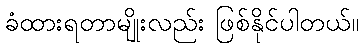
ခံထားရတာမျိုးလည်း ဖြစ်နိုင်ပါတယ်။